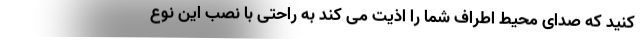
کنید که صدای محیط اطراف شما را اذیت می کند به راحتی با نصب این نوع